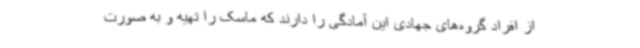
از افراد گروه‌های جهادی این آمادگی را دارند که ماسک را تهیه و به صورت